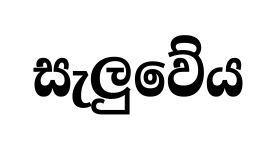
සැලුවේය